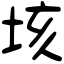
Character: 垓